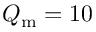
Q _ { \mathrm { m } } = 1 0